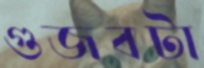
গুজবটা